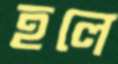
হলে